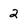
Character: 2